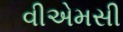
વીએમસી